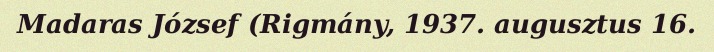
Madaras József (Rigmány, 1937. augusztus 16.